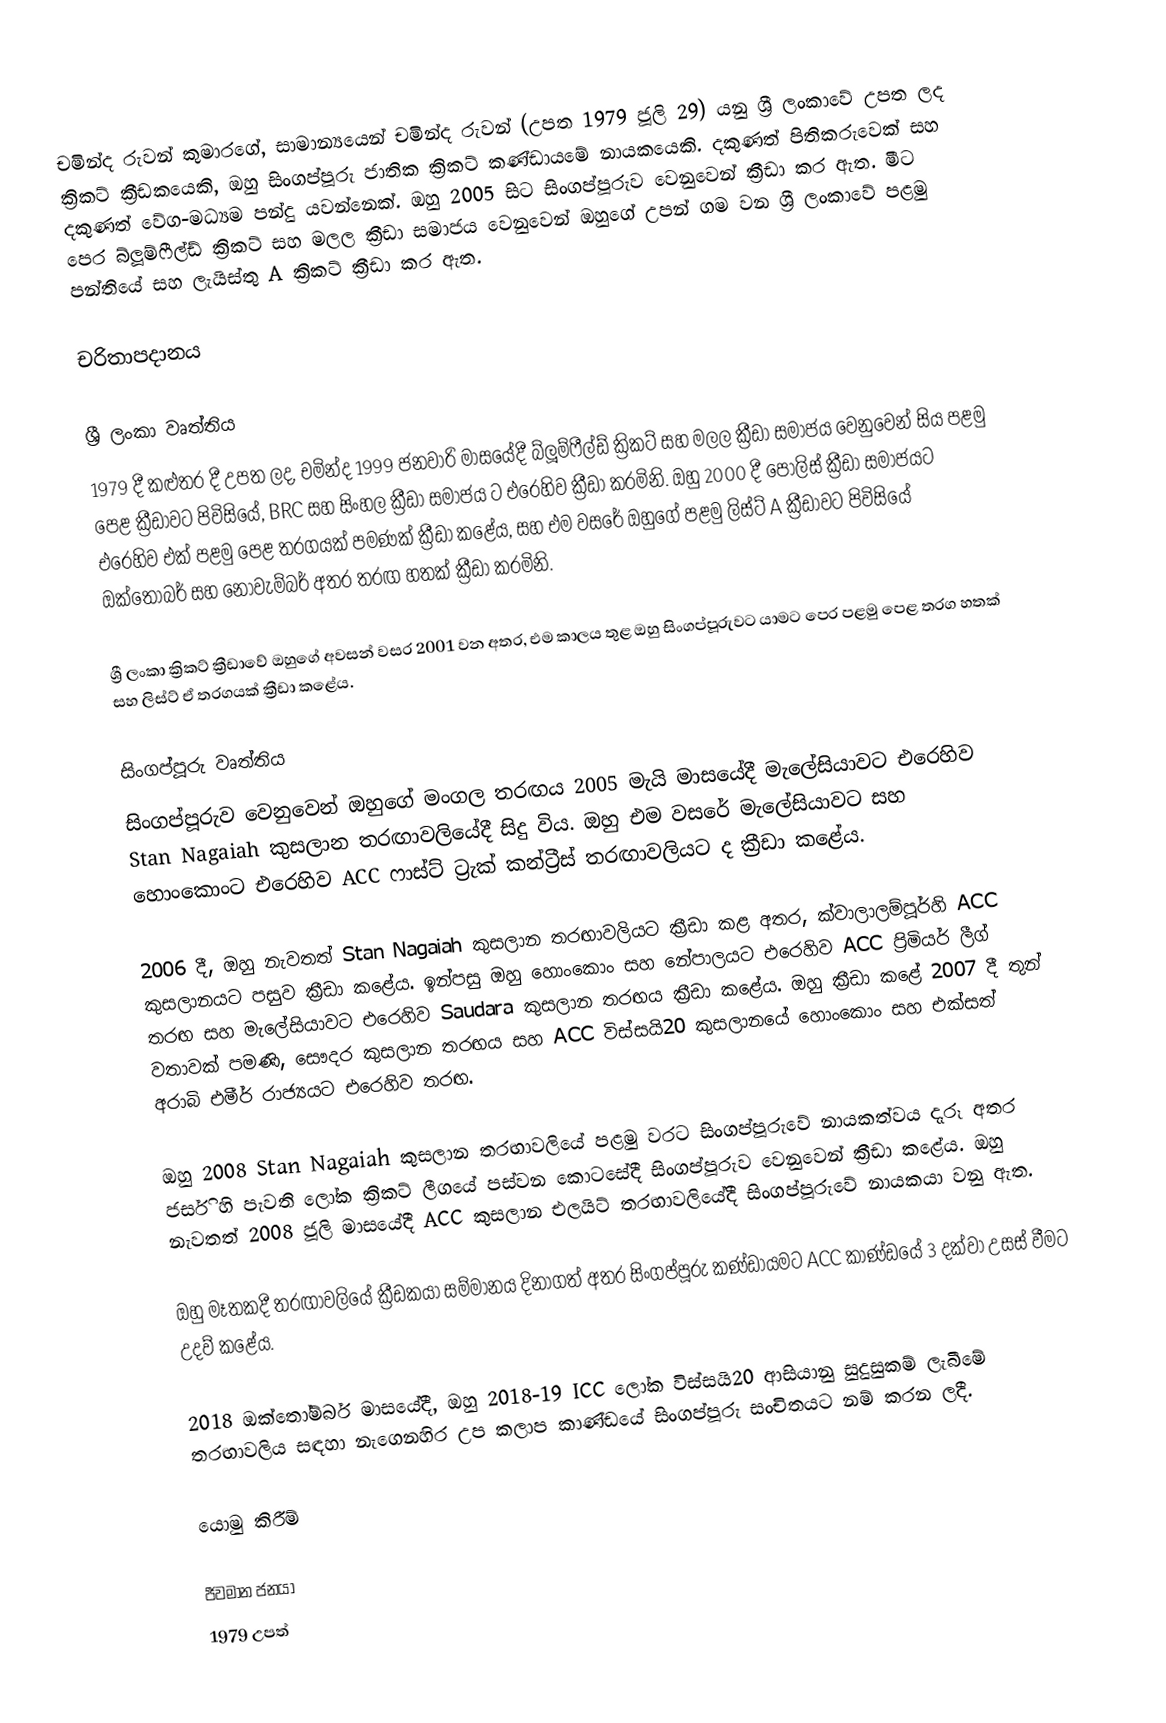
චමින්ද රුවන් කුමාරගේ, සාමාන්‍යයෙන් චමින්ද රුවන් (උපත 1979 ජූලි 29) යනු ශ්‍රී ලංකාවේ උපත ලද ක්‍රිකට් ක්‍රීඩකයෙකි, ඔහු සිංගප්පූරු ජාතික ක්‍රිකට් කණ්ඩායමේ නායකයෙකි. දකුණත් පිතිකරුවෙක් සහ දකුණත් වේග-මධ්‍යම පන්දු යවන්නෙක්. ඔහු 2005 සිට සිංගප්පූරුව වෙනුවෙන් ක්‍රීඩා කර ඇත. මීට පෙර බ්ලූම්ෆීල්ඩ් ක්‍රිකට් සහ මලල ක්‍රීඩා සමාජය වෙනුවෙන් ඔහුගේ උපන් ගම වන ශ්‍රී ලංකාවේ පළමු පන්තියේ සහ ලැයිස්තු A ක්‍රිකට් ක්‍රීඩා කර ඇත.

චරිතාපදානය

ශ්‍රී ලංකා වෘත්තිය
1979 දී කළුතර දී උපත ලද, චමින්ද 1999 ජනවාරි මාසයේදී බ්ලූම්ෆීල්ඩ් ක්‍රිකට් සහ මලල ක්‍රීඩා සමාජය වෙනුවෙන් සිය පළමු පෙළ ක්‍රීඩාවට පිවිසියේ, BRC සහ සිංහල ක්‍රීඩා සමාජය ට එරෙහිව ක්‍රීඩා කරමිනි. ඔහු 2000 දී පොලිස් ක්‍රීඩා සමාජයට එරෙහිව එක් පළමු පෙළ තරගයක් පමණක් ක්‍රීඩා කළේය, සහ එම වසරේ ඔහුගේ පළමු ලිස්ට් A ක්‍රීඩාවට පිවිසියේ ඔක්තෝබර් සහ නොවැම්බර් අතර තරඟ හතක් ක්‍රීඩා කරමිනි.

ශ්‍රී ලංකා ක්‍රිකට් ක්‍රීඩාවේ ඔහුගේ අවසන් වසර 2001 වන අතර, එම කාලය තුළ ඔහු සිංගප්පූරුවට යාමට පෙර පළමු පෙළ තරග හතක්  සහ ලිස්ට් ඒ තරගයක් ක්‍රීඩා කළේය.

සිංගප්පූරු වෘත්තිය
සිංගප්පූරුව වෙනුවෙන් ඔහුගේ මංගල තරඟය 2005 මැයි මාසයේදී මැලේසියාවට එරෙහිව Stan Nagaiah කුසලාන තරඟාවලියේදී සිදු විය. ඔහු එම වසරේ මැලේසියාවට සහ හොංකොංට එරෙහිව ACC ෆාස්ට් ට්‍රැක් කන්ට්‍රීස් තරඟාවලියට ද ක්‍රීඩා කළේය.

2006 දී, ඔහු නැවතත් Stan Nagaiah කුසලාන තරඟාවලියට ක්‍රීඩා කළ අතර, ක්වාලාලම්පූර්හි ACC කුසලානයට පසුව ක්‍රීඩා කළේය. ඉන්පසු ඔහු හොංකොං සහ නේපාලයට එරෙහිව ACC ප්‍රිමියර් ලීග් තරඟ සහ මැලේසියාවට එරෙහිව Saudara කුසලාන තරඟය ක්‍රීඩා කළේය. ඔහු ක්‍රීඩා කළේ 2007 දී තුන් වතාවක් පමණි, සෞදර කුසලාන තරඟය සහ ACC විස්සයි20 කුසලානයේ හොංකොං සහ එක්සත් අරාබි එමීර් රාජ්‍යයට එරෙහිව තරඟ.

ඔහු 2008 Stan Nagaiah කුසලාන තරඟාවලියේ පළමු වරට සිංගප්පූරුවේ නායකත්වය දැරූ අතර ජර්සි හි පැවති ලෝක ක්‍රිකට් ලීගයේ පස්වන කොටසේදී සිංගප්පූරුව වෙනුවෙන් ක්‍රීඩා කළේය. ඔහු නැවතත් 2008 ජූලි මාසයේදී ACC කුසලාන එලයිට් තරඟාවලියේදී සිංගප්පූරුවේ නායකයා වනු ඇත.

ඔහු මෑතකදී තරඟාවලියේ ක්‍රීඩකයා සම්මානය දිනාගත් අතර සිංගප්පූරු කණ්ඩායමට ACC කාණ්ඩයේ 3 දක්වා උසස් වීමට උදව් කළේය.

2018 ඔක්තෝම්බර් මාසයේදී, ඔහු 2018-19 ICC ලෝක විස්සයි20 ආසියානු සුදුසුකම් ලැබීමේ තරඟාවලිය සඳහා නැගෙනහිර උප කලාප කාණ්ඩයේ සිංගප්පූරු සංචිතයට නම් කරන ලදී.

යොමු කිරීම්

ජීවමාන ජනයා
1979 උපත්